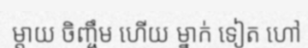
ម្តាយ ចិញ្ចឹម ហើយ ម្នាក់ ទៀត ហៅ